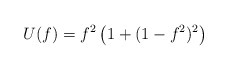
\begin{align*}U(f)=f^2\left(1+(1-f^2)^2\right) \end{align*}